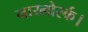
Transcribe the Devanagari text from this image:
नाय्नोर्स्क।